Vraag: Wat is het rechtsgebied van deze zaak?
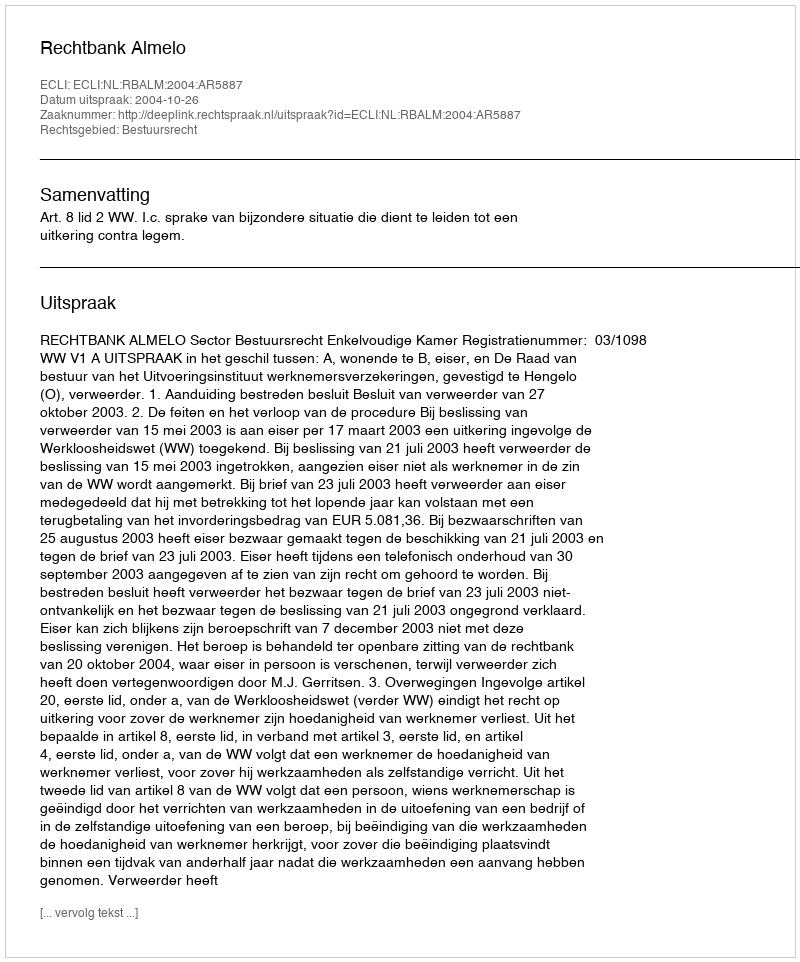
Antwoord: Bestuursrecht